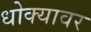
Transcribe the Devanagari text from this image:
धोक्यावर